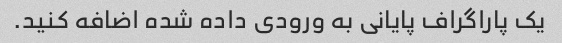
یک پاراگراف پایانی به ورودی داده شده اضافه کنید.